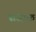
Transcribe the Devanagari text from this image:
संजाक